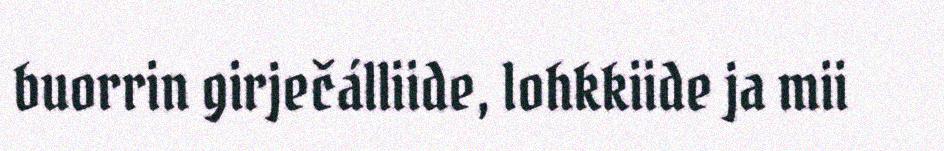
buorrin girječálliide, lohkkiide ja mii